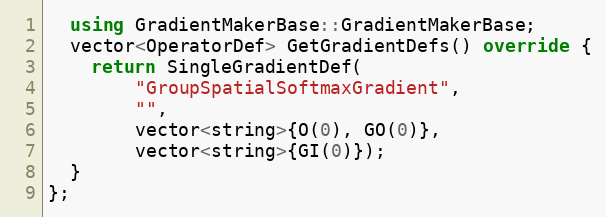
Language: C++
  using GradientMakerBase::GradientMakerBase;
  vector<OperatorDef> GetGradientDefs() override {
    return SingleGradientDef(
        "GroupSpatialSoftmaxGradient",
        "",
        vector<string>{O(0), GO(0)},
        vector<string>{GI(0)});
  }
};